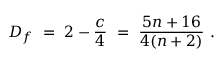
D _ { f } ~ = ~ 2 - { \frac { c } { 4 } } ~ = ~ { \frac { 5 n + 1 6 } { 4 ( n + 2 ) } } \ .